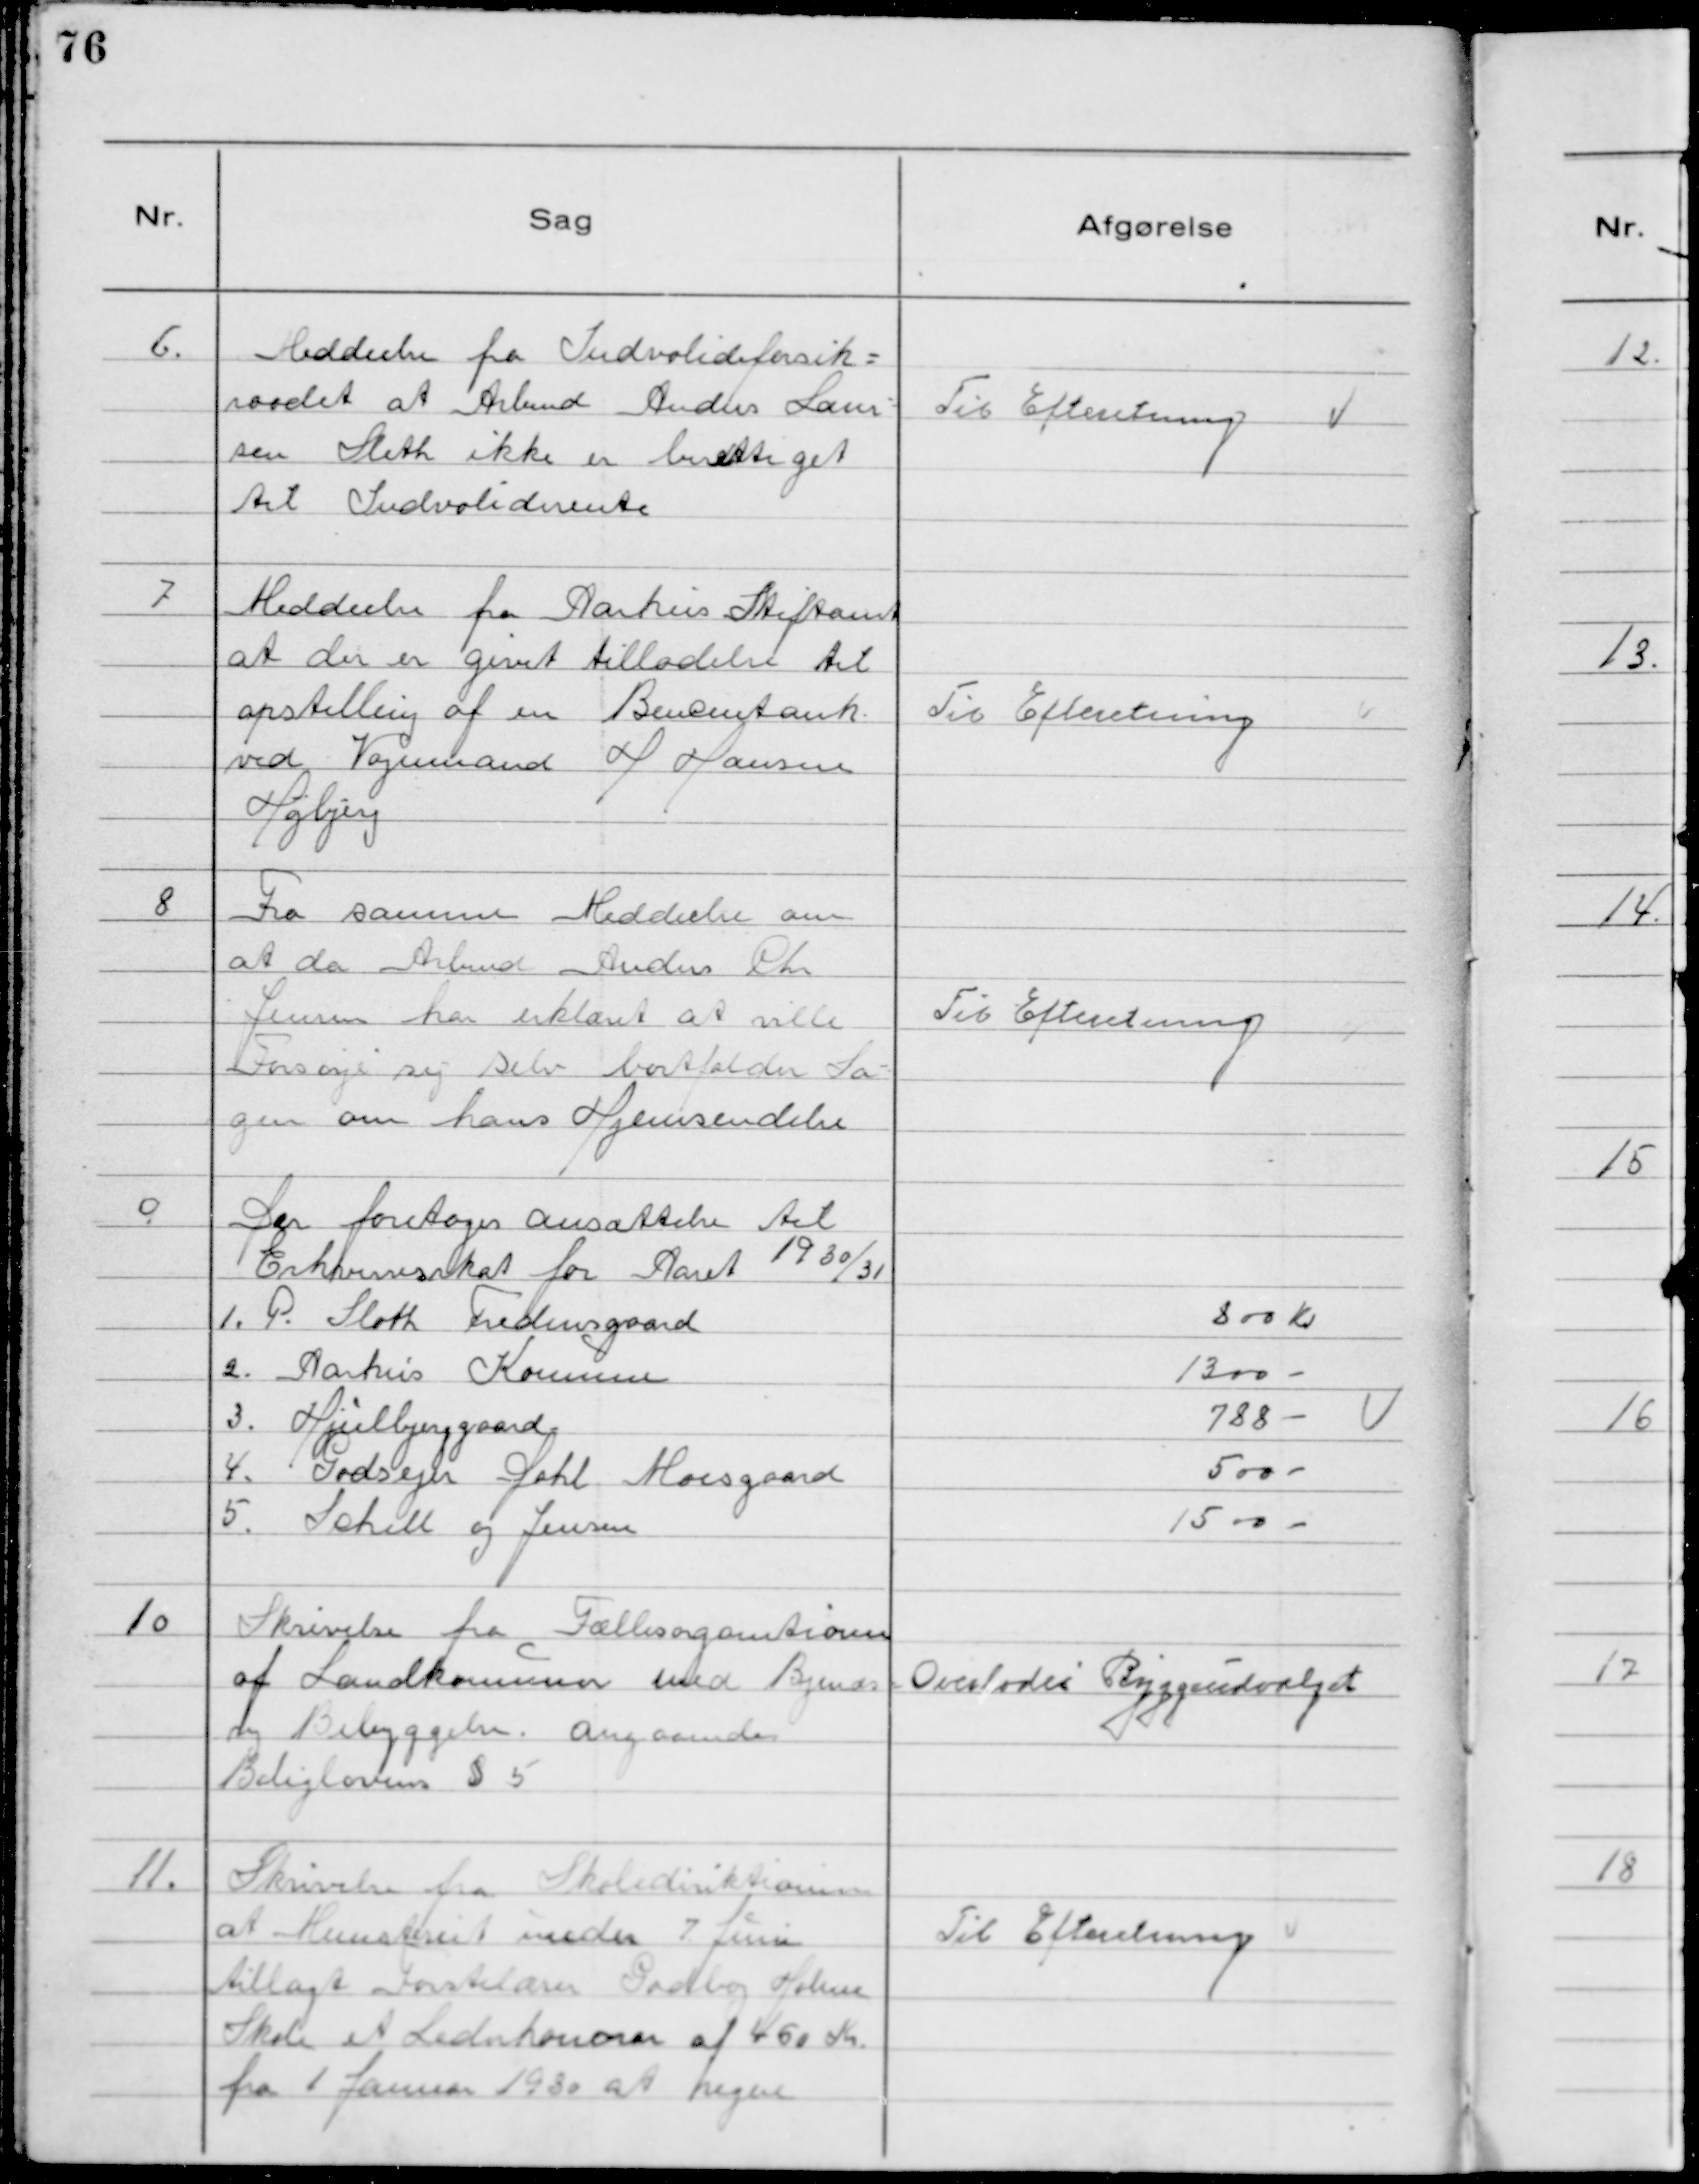
Transskription:
6. Meddeelse fra Indvalideforsik=
raadet at Arbmd Anders Laur=
sen Sleth ikke er berettiget
til Indvaliderente

Til Efteretning

7 
Meddeelse fra Aarhus Stiftamt
at der er givet tilladelse til
opstilling af en Benzintank
ved Vognmand H Hansen
Højbjerg

Til Efteretning

8 
Fra samme Meddeelse om
at da Arbmd Anders Chr
Jensen har erklæret at ville
Forsørge sig selv bortfalder Sa=
gen om hans Hjemsendelse

Til Efteretning

9
Der foretoges ansættelse til
Erhvervsskat for Aaret 1930/31
1. P. Sloth Fredensgaard
800 Kr
2. Aarhus Komune
1300 
3. Hjulbjerggaard
788 
4. Godsejer Dahl Moesgaard
500 
5. Schill og Jensen
1500

10 
Skrivelse fra Fællesorganisationen
af Landkomuner med Bymæs-
sig Bebyggelse. Angaaende
Boliglovens § 5

Overlodes Byggeudvalget

11. Skrivelse fra Skoledirektionen
at Ministeriet under 7 Juni
tillagt Førstelærer Gadborg Holme
Skole et Lederhonorar af 450 Kr.
fra 1 Januar 1930 at regne

Til Efteretning